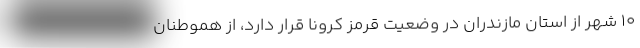
۱۰ شهر از استان مازندران در وضعیت قرمز کرونا قرار دارد، از هموطنان